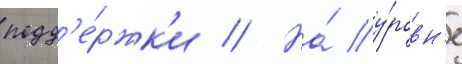
подд'е́ржк'и // На́ у́ровн'е